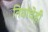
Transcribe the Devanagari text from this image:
तिघांचेही